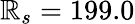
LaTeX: \mathbb{R}_{s}=199.0